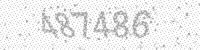
Solution: 487486